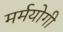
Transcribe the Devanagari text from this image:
मर्मयोगी